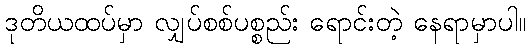
ဒုတိယထပ်မှာ လျှပ်စစ်ပစ္စည်း ရောင်းတဲ့ နေရာမှာပါ။